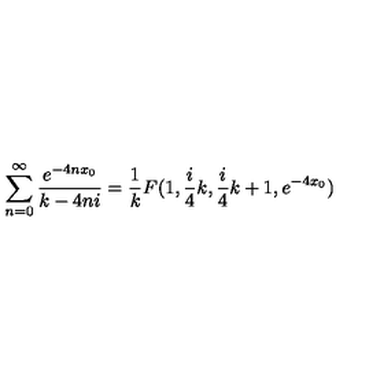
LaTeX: \sum _ { n = 0 } ^ { \infty } \frac { e ^ { - 4 n x _ { 0 } } } { k - 4 n i } = \frac { 1 } { k } F ( 1 , \frac { i } { 4 } k , \frac { i } { 4 } k + 1 , e ^ { - 4 x _ { 0 } } )